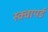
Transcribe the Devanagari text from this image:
स्क्वायर्ड